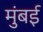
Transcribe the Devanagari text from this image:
मुंंबई